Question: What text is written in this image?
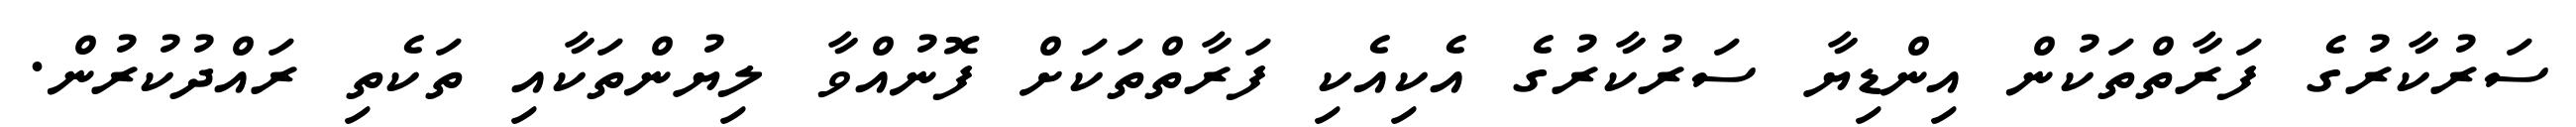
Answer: ސަރުކާރުގެ ފަރާތްތަކުން އިންޑިޔާ ސަރުކާރުގެ އެކިއެކި ފަރާތްތަކަށް ފޮނުއްވާ ލިޔުންތަކާއި ތަކެތި ރައްދުކުރުން.